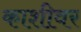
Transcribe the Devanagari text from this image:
काशीवर